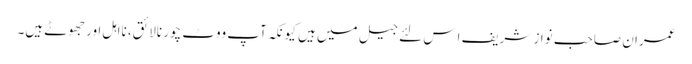
عمران صاحب نواز شریف اِس لئے جیل میں ہیں کیونکہ آپ ووٹ چور نالائق، نااہل اور جھوٹے ہیں۔